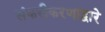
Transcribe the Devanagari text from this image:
संकरीकरणाद्वारे